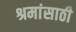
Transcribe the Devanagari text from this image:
श्रमांसाठी